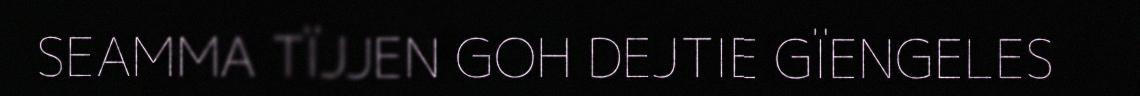
SEAMMA TÏJJEN GOH DEJTIE GÏENGELES